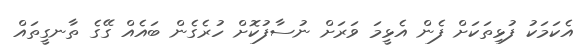
އެކަމަކު ފުޅިތަކަށް ފެން އެޅީމަ ވަރަށް ނުސާފުކޮށް ހުރެގެން ބައެއް ގޭގެ ތާނގީތައް